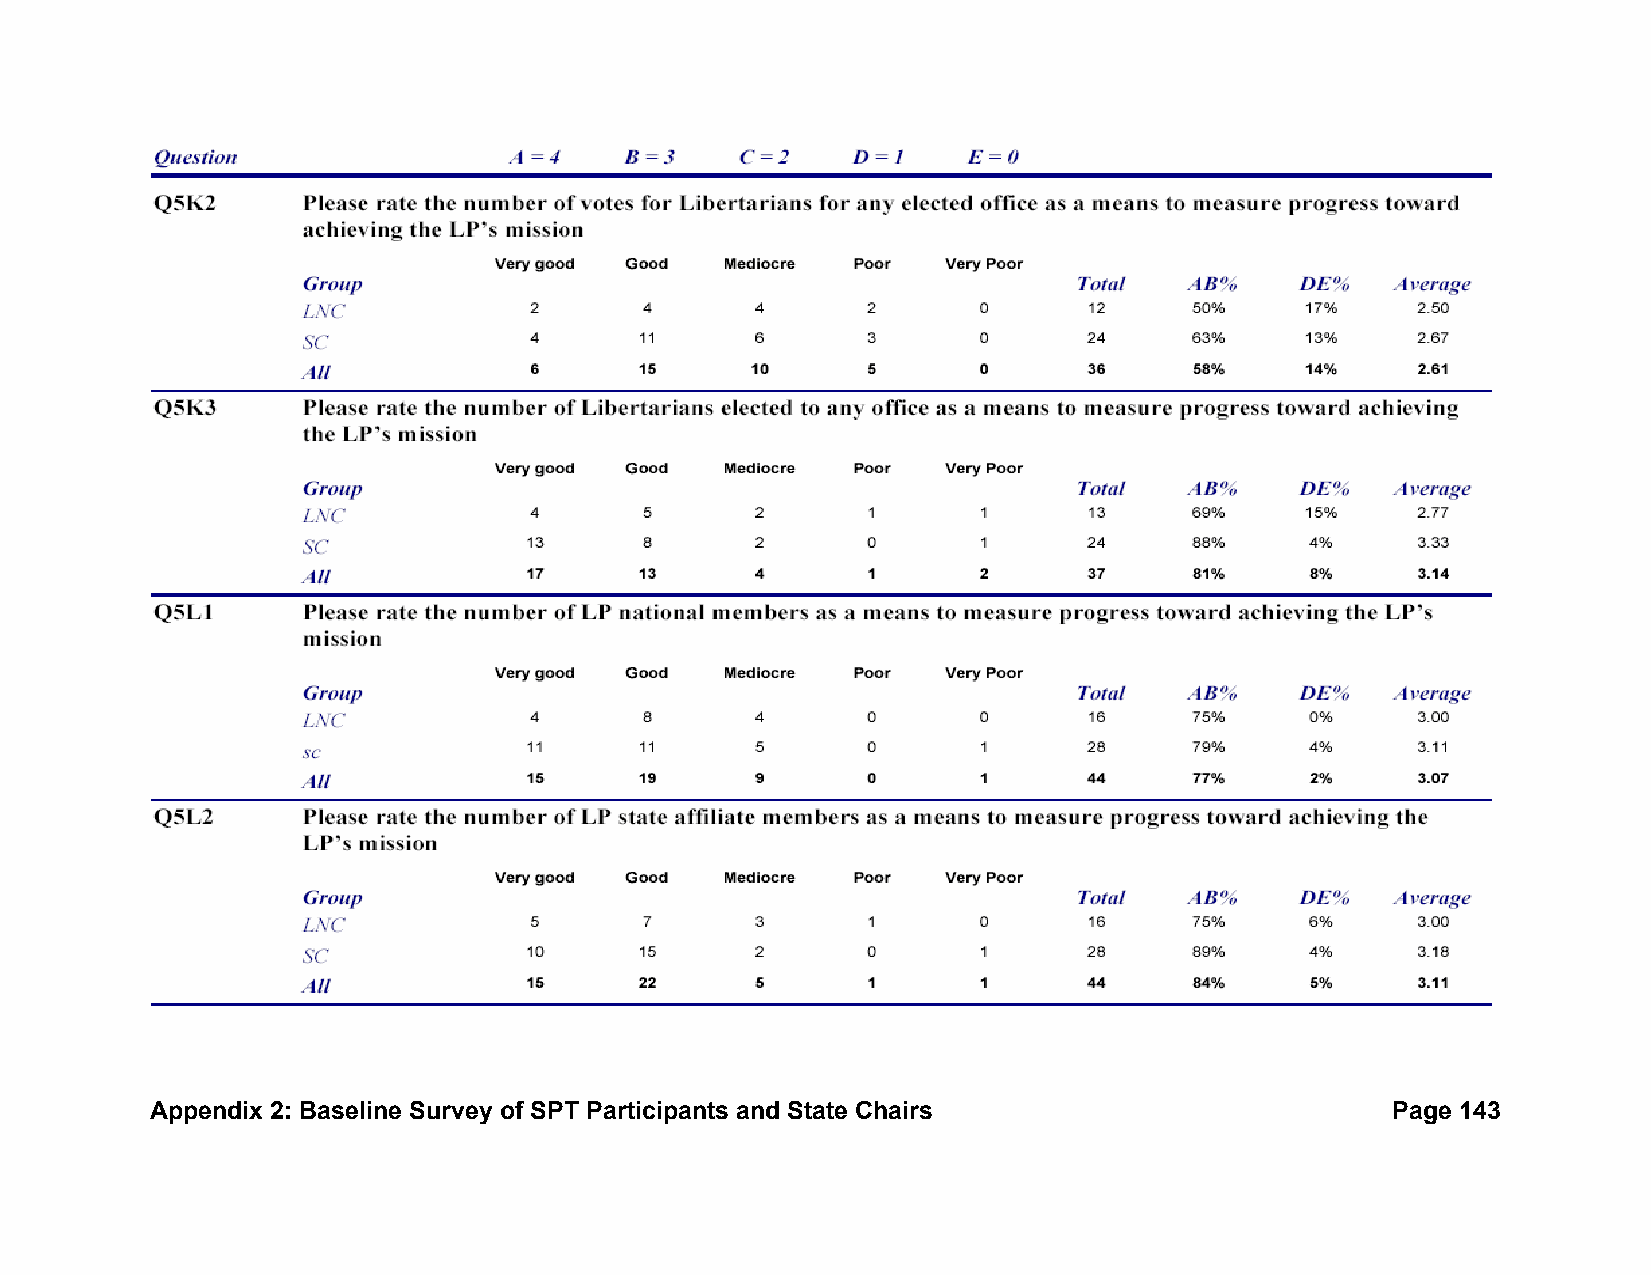
Appendix 2: Baseline Survey of SPT Participants and State Chairs                  Page 143